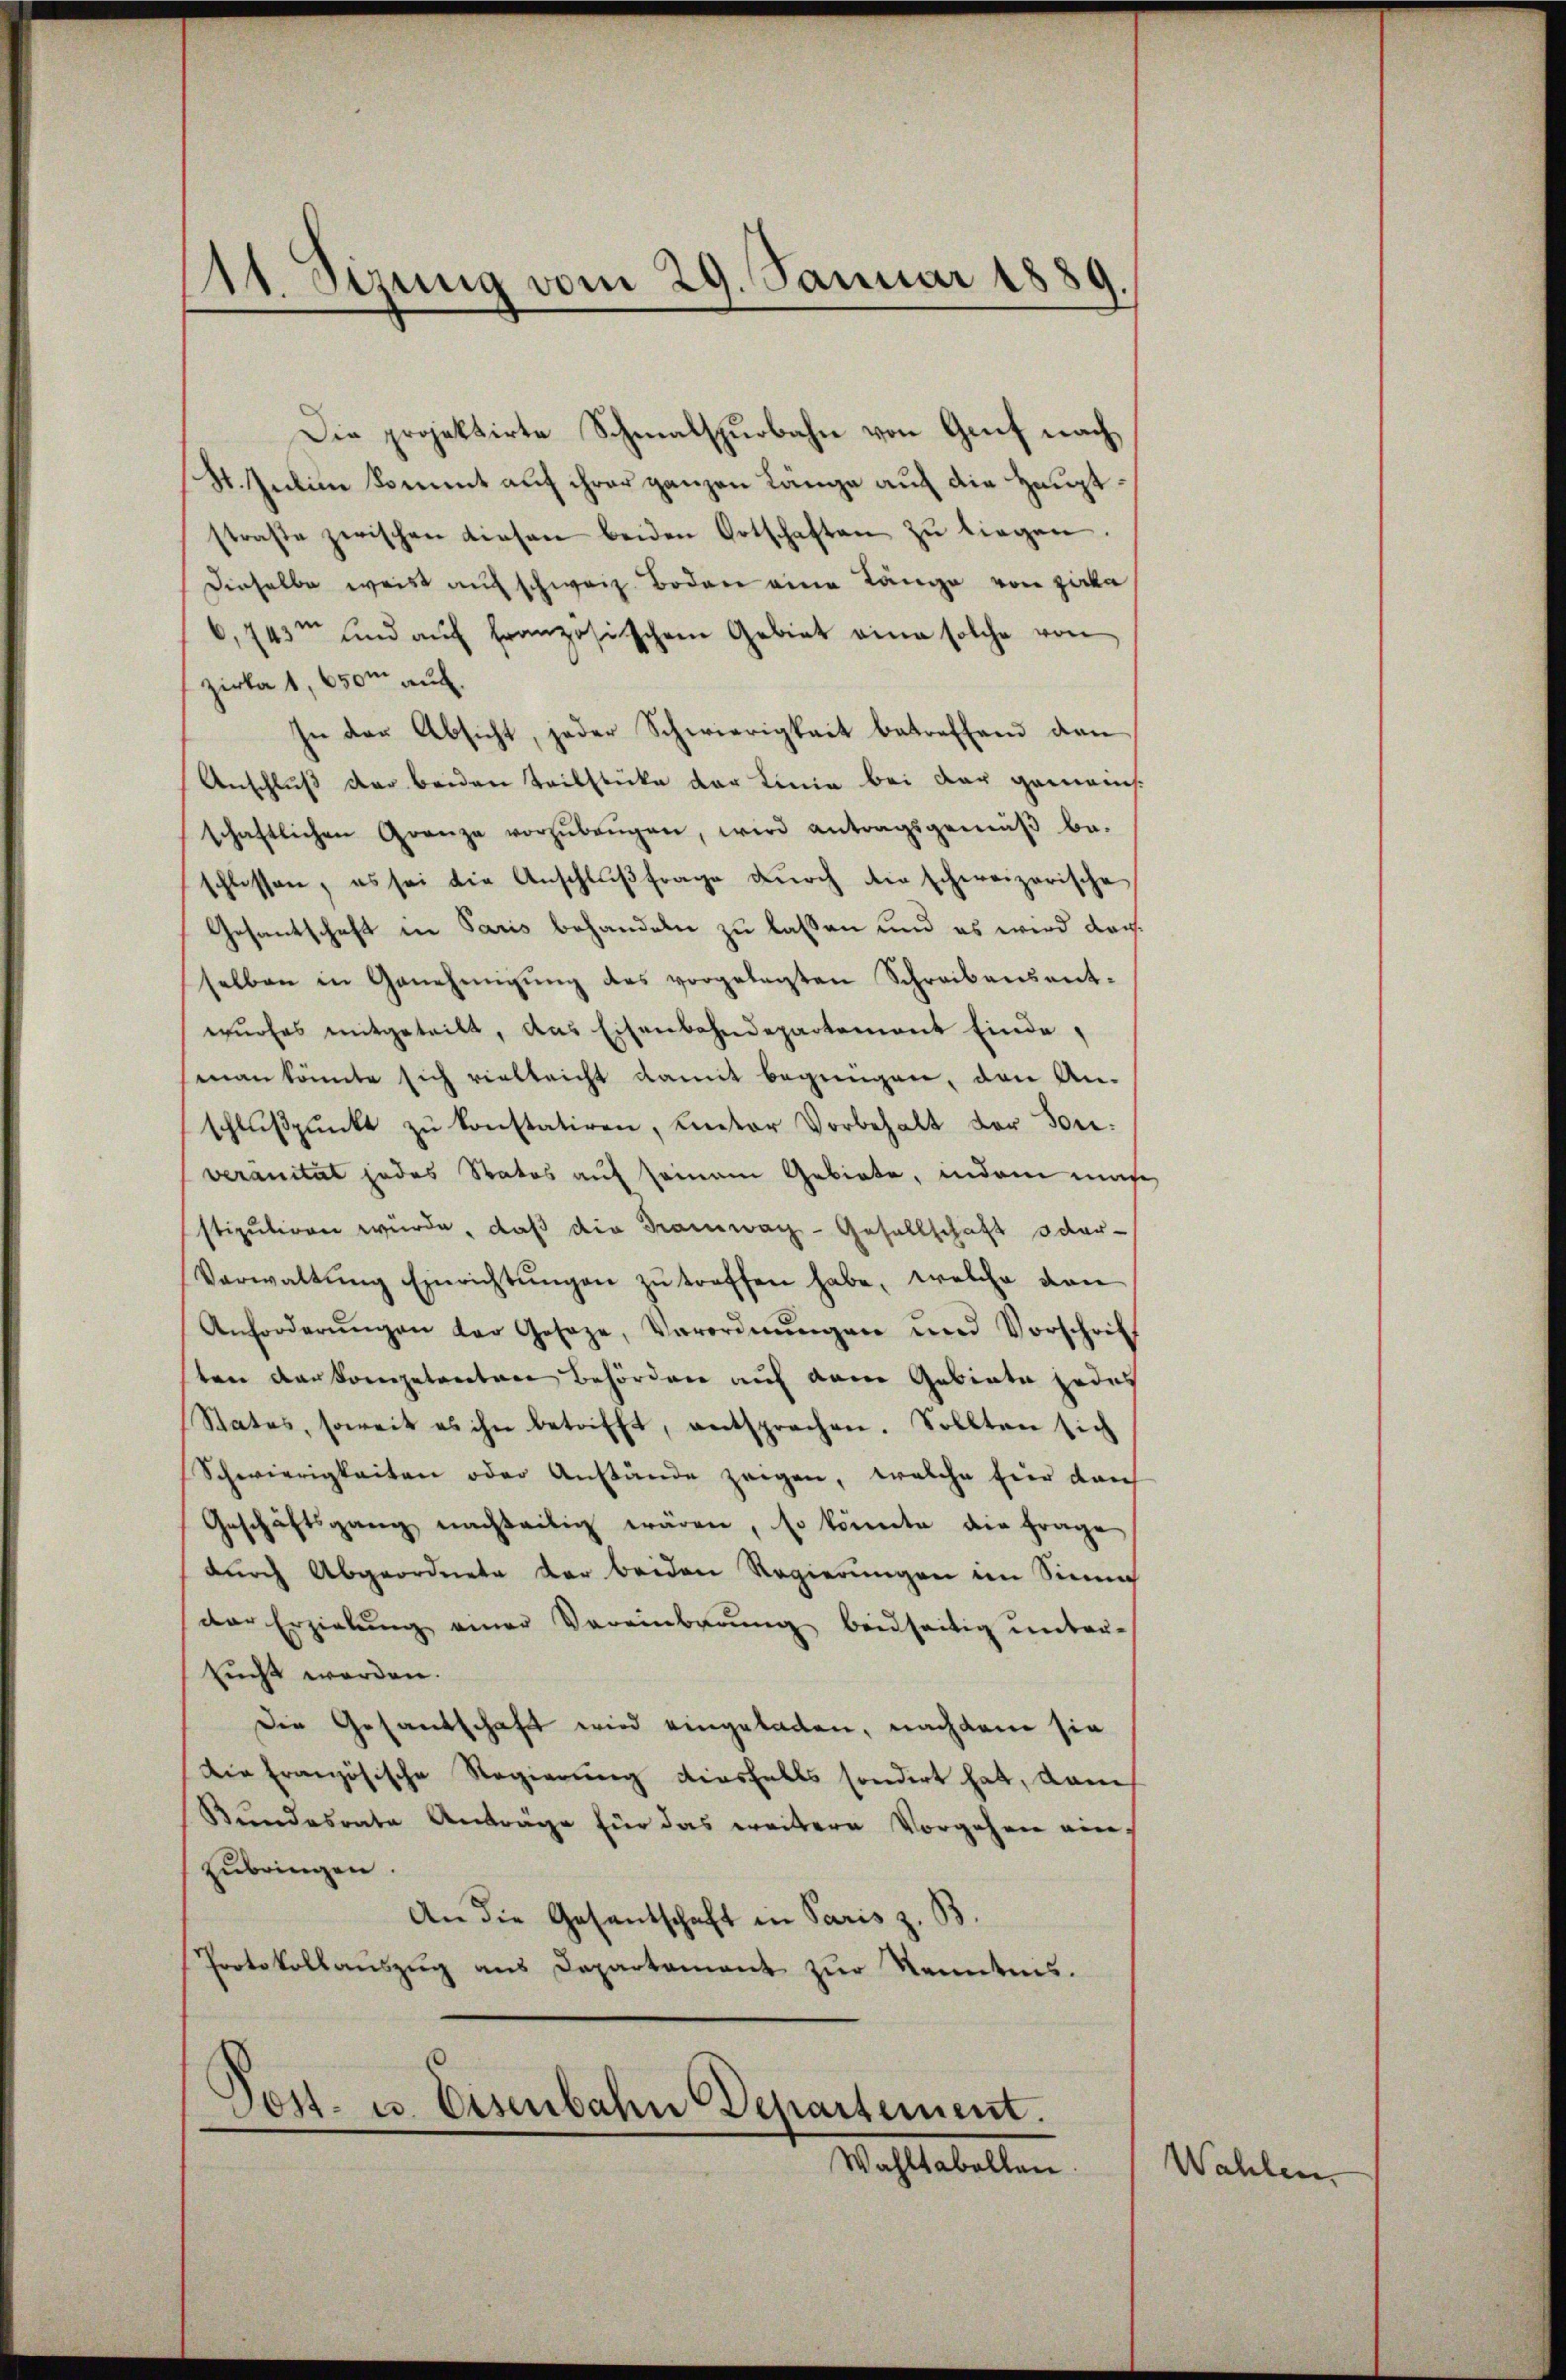
14 Sizung vom 29. Januar 1889

Die projektirte Schmalspurbahn von Gruf nach
St. Juli kommt auf ihrer ganzen Länge auf die Hauptstraße zwischen diesen beiden Ortschaften zŭ liegen.
dieselbe weis auf schweiz. Boden eine Länge von Zirka
6,743 und aŭf französischen Gebiet eine solche von
zirka 1,650m auch
In der Absicht, jeder Schwierigkeit betreffend den
Anschluß der beiden Teilstücke der Linie bei der gemeinsschaftlichen Granze vorzŭbeŭgen, wird antragsgemäβ be-
schlossen, es sei die Anschlŭβ frage durch die schweizerische
Gesantschaft in Paris behandeln zu lassen und es wird dachselben in Genehmigŭng des vorgelegten Schreibensenterŭrses mitgeteilt, das Eisenbahndepartement einde,
man könnte sich vielleicht damit begnügen, den An-
schlußpunkt zu konstatiren, unter Vorbehalt der Sonveränität jedes Statos auf seinem Gebiete, indem mache
stipuliren würde, daß die Tramwach-Gesellschaft oder¬
Verwaltŭng Einrichtŭngen zŭ treffen habe, welche dan
Anforderŭngen der Geseze, Verordnŭngen und Vorschrif
ten verkompetenten Behörden auf dem Gebiete jedes
States, soweit es ihn betrifft, entsprechen. Sollten sich
Schwierigkeiten oder Anstände zeigen, welche hier durch
Geschäftsgang nachteilig wären, so könnte die frage
dŭrch Abgeordnete der beiden Regierŭngen im Sinne
der Erzielung einer Vereinbrung beidseitig unter-
sucht werden.
Die Gesandschaft wird eingeladen, nachdem sie
Die Französische Regierung diesfalls sondert hat, dam
Bŭndesrate Anträge für das weitere Vorgehren eine
zŭbringen.
An die Gesandschaft in Paris z. B.
Protokollauszug aus Departement zur Kenntnis.

Post- u. Eisenbahn Departement.
Wahltabellen.

Wahlen.